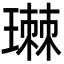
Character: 㻷